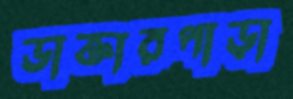
ডাক্তারপাড়া